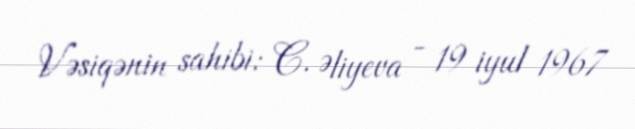
Vəsiqənin sahibi: C. Əliyeva - 19 iyul 1967